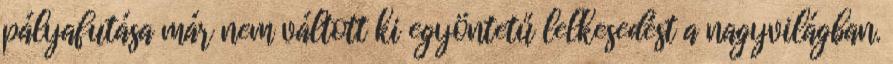
pályafutása már nem váltott ki egyöntetű lelkesedést a nagyvilágban.